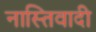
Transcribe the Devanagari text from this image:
नास्तिवादी